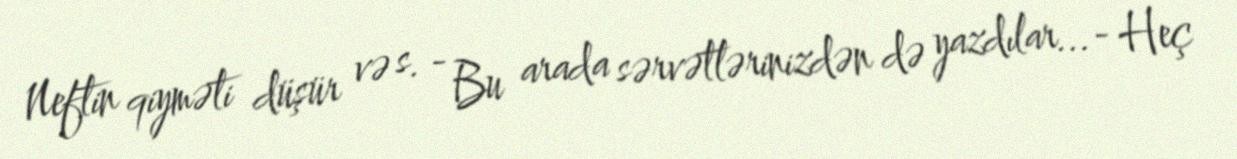
Neftin qiyməti düşür və s. - Bu arada sərvətlərinizdən də yazdılar...- Heç